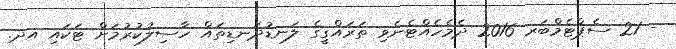
- 21 ސެޕްޓެމްބަރ 2016 ދެމެހެއްޓެނެވި ތަރައްގީގެ ލަނޑުދަނޑިތައް ހާސިލުކުރުމަށް ޓަކައި އދ.